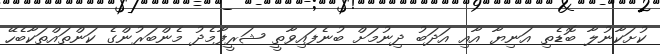
ކުށަކާނުލާ ބޮޑެތި އަނިޔާ އާއި އަދަބު ދިނުމަށް ބުނެފައިވާތީ ޝަރީފާމެދު މެންބަރުންގެ ކަންތައްތަކާބެހޭ